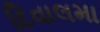
દિવાલમા